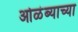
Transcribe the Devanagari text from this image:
ओळंब्याच्या